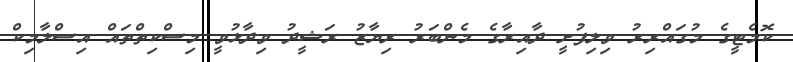
ކޮމެޓީގެ މުގައްރިރު ވިލިފުށީ ދާއިރާގެ މެންބަރު ރިޔާޒު ރަޝީދު ވިދާޅުވީ މިސްކިތްތައް އިސްލާމިކް